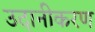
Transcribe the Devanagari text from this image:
उदानीकरण